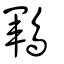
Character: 鶤